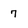
Character: 7